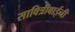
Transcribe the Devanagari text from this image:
सावित्रीबाईनी